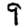
Digit: 9